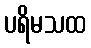
ပရိမသထ